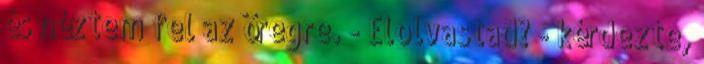
és néztem fel az öregre. - Elolvastad? - kérdezte,